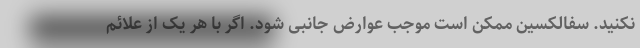
نکنید. سفالکسین ممکن است موجب عوارض جانبی شود. اگر با هر یک از علائم